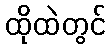
ထိုထဲတွင်